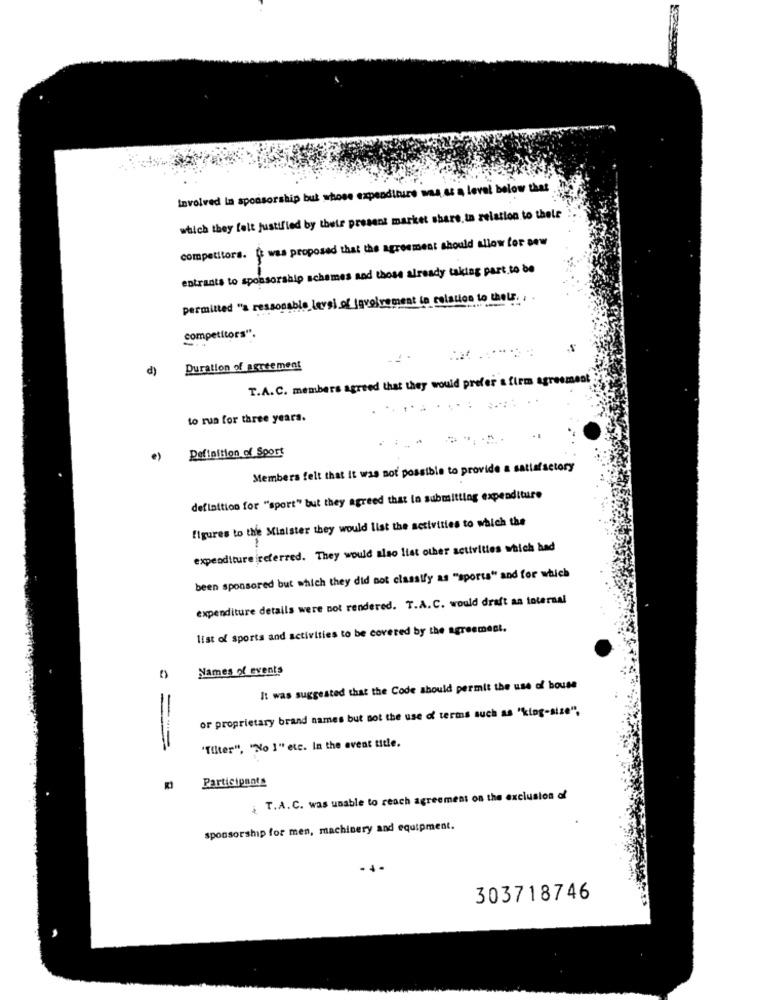
Involved in sponsorship but whose expenditure was as a level below that
which they felt justified by their present market share, in relation to thele
competitors. [ was proposed that the agreement should allow for oew
entrants to sponsorship schemes sad those already taking part.to be
permitted "a reasonable level of involvement to relation to thetr.
competitors".
d)
Duration of agreement
T.A.C. members agreed that they would prefer & firm agreement
to run for three years.
e)
Definition of Sport
Members felt that it was not possible to provide a satisfactory
definition for "sport" but they agreed that to submitting expenditure
figures to the Minister they would list the activities to which the
expenditure ireferred. They would also list other activities which had
been sponsored but which they did not classify as "sports" and for which
expenditure details were not rendered. T.A.C. would draft aa toternal
list of sports and activities to be covered by the agreement.
Names of events
It was suggested that the Code should permit the use of bouse
or proprietary brand names but not the use of terms such as "king-size",
"Tilter", "No 1" etc. In the event title.
Participants
. T.A.C. was unable to reach agreement on the exclusion of
sponsorship for men, machinery and equipment.
303718746